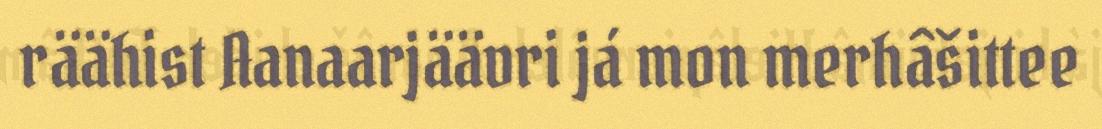
räähist Aanaarjäävri já mon merhâšittee